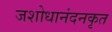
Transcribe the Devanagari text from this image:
जशोधानंदनकृत